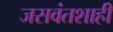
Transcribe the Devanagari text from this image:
जसवंतशाही